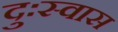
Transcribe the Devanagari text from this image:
दुःस्वास